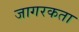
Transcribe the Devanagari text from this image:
जागरकता